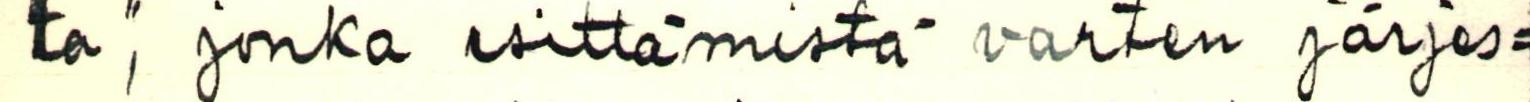
ta", jonka esittämistä varten järjes=